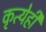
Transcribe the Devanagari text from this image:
कृत्येही